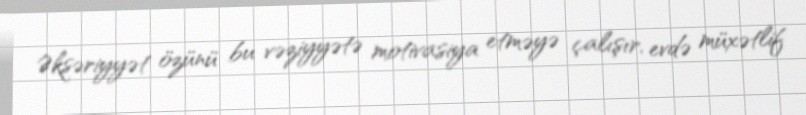
Əksəriyyət özünü bu vəziyyətə motivasiya etməyə çalışır, evdə müxətlif